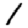
Digit: 1